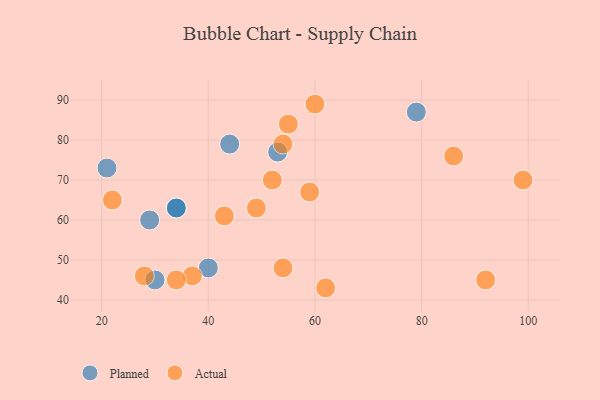
{"axis": {"x": "GDP", "y": "Life Expectancy"}, "legend": ["Actual", "Planned"], "data": [{"x": "40", "y": 48, "type": "Planned"}, {"x": "21", "y": 73, "type": "Planned"}, {"x": "53", "y": 77, "type": "Planned"}, {"x": "29", "y": 60, "type": "Planned"}, {"x": "34", "y": 63, "type": "Planned"}, {"x": "34", "y": 63, "type": "Planned"}, {"x": "79", "y": 87, "type": "Planned"}, {"x": "44", "y": 79, "type": "Planned"}, {"x": "30", "y": 45, "type": "Planned"}, {"x": "99", "y": 70, "type": "Actual"}, {"x": "92", "y": 45, "type": "Actual"}, {"x": "54", "y": 79, "type": "Actual"}, {"x": "28", "y": 46, "type": "Actual"}, {"x": "86", "y": 76, "type": "Actual"}, {"x": "55", "y": 84, "type": "Actual"}, {"x": "52", "y": 70, "type": "Actual"}, {"x": "62", "y": 43, "type": "Actual"}, {"x": "37", "y": 46, "type": "Actual"}, {"x": "22", "y": 65, "type": "Actual"}, {"x": "59", "y": 67, "type": "Actual"}, {"x": "60", "y": 89, "type": "Actual"}, {"x": "49", "y": 63, "type": "Actual"}, {"x": "43", "y": 61, "type": "Actual"}, {"x": "54", "y": 48, "type": "Actual"}, {"x": "34", "y": 45, "type": "Actual"}]}